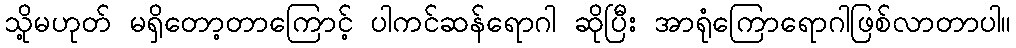
သို့မဟုတ် မရှိတော့တာကြောင့် ပါကင်ဆန်ရောဂါ ဆိုပြီး အာရုံကြောရောဂါဖြစ်လာတာပါ။